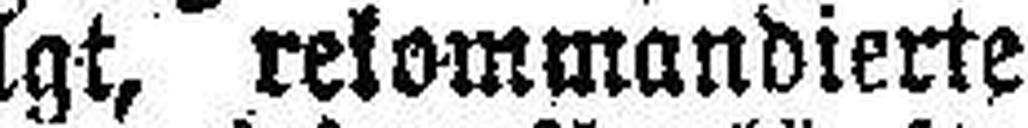
scheines ausgefolgt, rekommandierte